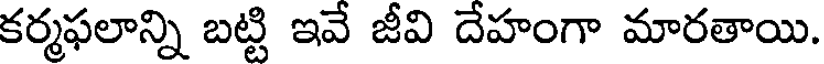
కర్మఫలాన్ని బట్టి ఇవే జీవి దేహంగా మారతాయి.